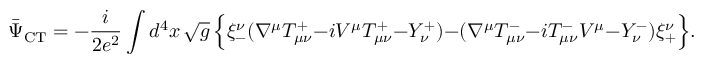
\bar { \Psi } _ { \mathrm { C T } } = - \frac { i } { 2 e ^ { 2 } } \int d ^ { 4 } x \, \sqrt { g } \, \Bigr \{ \xi _ { - } ^ { \nu } ( \nabla ^ { \mu } T _ { \mu \nu } ^ { + } - i V ^ { \mu } T _ { \mu \nu } ^ { + } - Y _ { \nu } ^ { + } ) - ( \nabla ^ { \mu } T _ { \mu \nu } ^ { - } - i T _ { \mu \nu } ^ { - } V ^ { \mu } - Y _ { \nu } ^ { - } ) \xi _ { + } ^ { \nu } \Bigr \} .